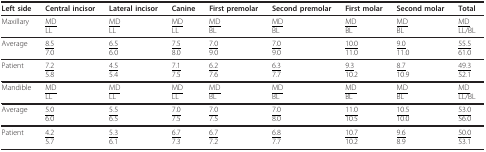
<table><thead><tr><td><b>Left side</b></td><td><b>Central incisor</b></td><td><b>Lateral incisor</b></td><td><b>Canine</b></td><td><b>First premolar</b></td><td><b>Second premolar</b></td><td><b>First molar</b></td><td><b>Second molar</b></td><td><b>Total</b></td></tr></thead><tbody><tr><td>Maxillary</td><td><underline>MD</underline>LL</td><td><underline>MD</underline>LL</td><td><underline>MD</underline>LL</td><td><underline>MD</underline>BL</td><td><underline>MD</underline>BL</td><td><underline>MD</underline>BL</td><td><underline>MD</underline>BL</td><td><underline>MD</underline>LL/BL</td></tr><tr><td>Average</td><td><underline>8.5</underline>7.0</td><td><underline>6.5</underline>6.0</td><td><underline>7.5</underline>8.0</td><td><underline>7.0</underline>9.0</td><td><underline>7.0</underline>9.0</td><td><underline>10.0</underline>11.0</td><td><underline>9.0</underline>11.0</td><td><underline>55.5</underline>61.0</td></tr><tr><td>Patient</td><td><underline>7.2</underline>5.8</td><td><underline>4.5</underline>5.4</td><td><underline>7.1</underline>7.5</td><td><underline>6.2</underline>7.6</td><td><underline>6.3</underline>7.7</td><td><underline>9.3</underline>10.2</td><td><underline>8.7</underline>10.9</td><td><underline>49.3</underline>52.1</td></tr><tr><td>Mandible</td><td><underline>MD</underline>LL</td><td><underline>MD</underline>LL</td><td><underline>MD</underline>LL</td><td><underline>MD</underline>BL</td><td><underline>MD</underline>BL</td><td><underline>MD</underline>BL</td><td><underline>MD</underline>BL</td><td><underline>MD</underline>LL/BL</td></tr><tr><td>Average</td><td><underline>5.0</underline>6.0</td><td><underline>5.5</underline>6.5</td><td><underline>7.0</underline>7.5</td><td><underline>7.0</underline>7.5</td><td><underline>7.0</underline>8.0</td><td><underline>11.0</underline>10.5</td><td><underline>10.5</underline>10.0</td><td><underline>53.0</underline>56.0</td></tr><tr><td>Patient</td><td><underline>4.2</underline>5.7</td><td><underline>5.3</underline>6.1</td><td><underline>6.7</underline>7.3</td><td><underline>6.7</underline>7.2</td><td><underline>6.8</underline>7.7</td><td><underline>10.7</underline>10.2</td><td><underline>9.6</underline>8.9</td><td><underline>50.0</underline>53.1</td></tr></tbody></table>